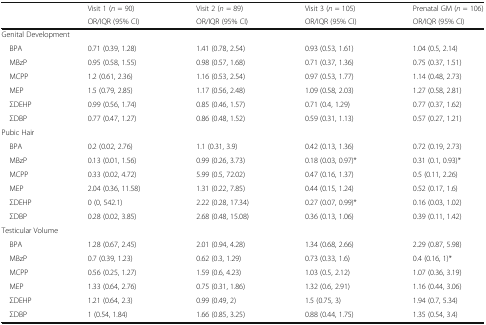
<table><thead><tr><td></td><td><b>Visit 1 (<i>n</i> = 90)</b></td><td><b>Visit 2 (<i>n</i> = 89)</b></td><td><b>Visit 3 (<i>n</i> = 105)</b></td><td><b>Prenatal GM (<i>n</i> = 106)</b></td></tr><tr><td></td><td><b>OR/IQR (95% CI)</b></td><td><b>OR/IQR (95% CI)</b></td><td><b>OR/IQR (95% CI)</b></td><td><b>OR/IQR (95% CI)</b></td></tr></thead><tbody><tr><td colspan="5">Genital Development</td></tr><tr><td> BPA</td><td>0.71 (0.39, 1.28)</td><td>1.41 (0.78, 2.54)</td><td>0.93 (0.53, 1.61)</td><td>1.04 (0.5, 2.14)</td></tr><tr><td> MBzP</td><td>0.95 (0.58, 1.55)</td><td>0.98 (0.57, 1.68)</td><td>0.71 (0.37, 1.36)</td><td>0.75 (0.37, 1.51)</td></tr><tr><td> MCPP</td><td>1.2 (0.61, 2.36)</td><td>1.16 (0.53, 2.54)</td><td>0.97 (0.53, 1.77)</td><td>1.14 (0.48, 2.73)</td></tr><tr><td> MEP</td><td>1.5 (0.79, 2.85)</td><td>1.17 (0.56, 2.48)</td><td>1.09 (0.58, 2.03)</td><td>1.27 (0.58, 2.81)</td></tr><tr><td> ΣDEHP</td><td>0.99 (0.56, 1.74)</td><td>0.85 (0.46, 1.57)</td><td>0.71 (0.4, 1.29)</td><td>0.77 (0.37, 1.62)</td></tr><tr><td> ΣDBP</td><td>0.77 (0.47, 1.27)</td><td>0.86 (0.48, 1.52)</td><td>0.59 (0.31, 1.13)</td><td>0.57 (0.27, 1.21)</td></tr><tr><td colspan="5">Pubic Hair</td></tr><tr><td> BPA</td><td>0.2 (0.02, 2.76)</td><td>1.1 (0.31, 3.9)</td><td>0.42 (0.13, 1.36)</td><td>0.72 (0.19, 2.73)</td></tr><tr><td> MBzP</td><td>0.13 (0.01, 1.56)</td><td>0.99 (0.26, 3.73)</td><td>0.18 (0.03, 0.97)*</td><td>0.31 (0.1, 0.93)*</td></tr><tr><td> MCPP</td><td>0.33 (0.02, 4.72)</td><td>5.99 (0.5, 72.02)</td><td>0.47 (0.16, 1.37)</td><td>0.5 (0.11, 2.26)</td></tr><tr><td> MEP</td><td>2.04 (0.36, 11.58)</td><td>1.31 (0.22, 7.85)</td><td>0.44 (0.15, 1.24)</td><td>0.52 (0.17, 1.6)</td></tr><tr><td> ΣDEHP</td><td>0 (0, 542.1)</td><td>2.22 (0.28, 17.34)</td><td>0.27 (0.07, 0.99)*</td><td>0.16 (0.03, 1.02)</td></tr><tr><td> ΣDBP</td><td>0.28 (0.02, 3.85)</td><td>2.68 (0.48, 15.08)</td><td>0.36 (0.13, 1.06)</td><td>0.39 (0.11, 1.42)</td></tr><tr><td colspan="5">Testicular Volume</td></tr><tr><td> BPA</td><td>1.28 (0.67, 2.45)</td><td>2.01 (0.94, 4.28)</td><td>1.34 (0.68, 2.66)</td><td>2.29 (0.87, 5.98)</td></tr><tr><td> MBzP</td><td>0.7 (0.39, 1.23)</td><td>0.62 (0.3, 1.29)</td><td>0.73 (0.33, 1.6)</td><td>0.4 (0.16, 1)*</td></tr><tr><td> MCPP</td><td>0.56 (0.25, 1.27)</td><td>1.59 (0.6, 4.23)</td><td>1.03 (0.5, 2.12)</td><td>1.07 (0.36, 3.19)</td></tr><tr><td> MEP</td><td>1.33 (0.64, 2.76)</td><td>0.75 (0.31, 1.86)</td><td>1.32 (0.6, 2.91)</td><td>1.16 (0.44, 3.06)</td></tr><tr><td> ΣDEHP</td><td>1.21 (0.64, 2.3)</td><td>0.99 (0.49, 2)</td><td>1.5 (0.75, 3)</td><td>1.94 (0.7, 5.34)</td></tr><tr><td> ΣDBP</td><td>1 (0.54, 1.84)</td><td>1.66 (0.85, 3.25)</td><td>0.88 (0.44, 1.75)</td><td>1.35 (0.54, 3.4)</td></tr></tbody></table>